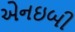
એનઇબી